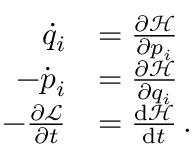
{ \begin{array} { r l } { { \dot { q } } _ { i } } & { = { \frac { \partial { \mathcal { H } } } { \partial p _ { i } } } } \\ { - { \dot { p } } _ { i } } & { = { \frac { \partial { \mathcal { H } } } { \partial q _ { i } } } } \\ { - { \frac { \partial { \mathcal { L } } } { \partial t } } } & { = { \frac { { \mathrm { d } } { \mathcal { H } } } { { \mathrm { d } } t } } \, . } \end{array} }